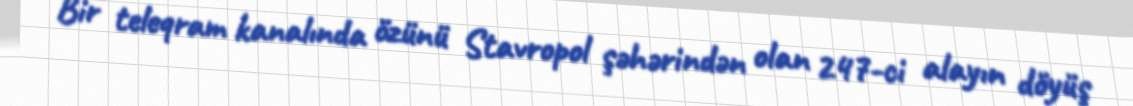
Bir teleqram kanalında özünü Stavropol şəhərindən olan 247-ci alayın döyüş